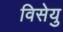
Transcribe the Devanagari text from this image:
विसेयु